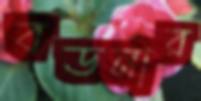
বডনার